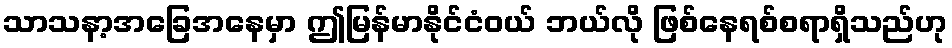
သာသနာ့အခြေအနေမှာ ဤမြန်မာနိုင်ငံဝယ် ဘယ်လို ဖြစ်နေရစ်စရာရှိသည်ဟု